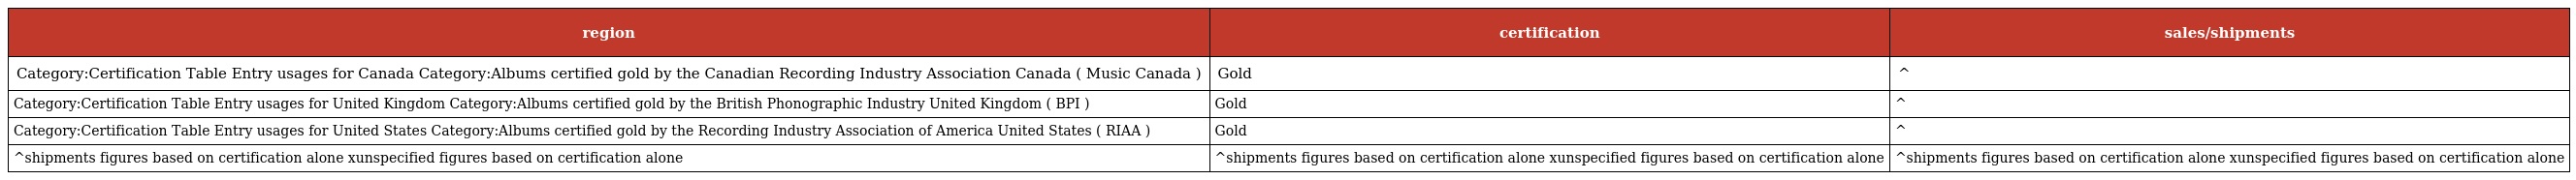
| region | certification | sales/shipments |
 | --- | --- | --- |
 | Category:Certification Table Entry usages for Canada Category:Albums certified gold by the Canadian Recording Industry Association Canada ( Music Canada ) | Gold | ^ |
 | Category:Certification Table Entry usages for United Kingdom Category:Albums certified gold by the British Phonographic Industry United Kingdom ( BPI ) | Gold | ^ |
 | Category:Certification Table Entry usages for United States Category:Albums certified gold by the Recording Industry Association of America United States ( RIAA ) | Gold | ^ |
 | ^shipments figures based on certification alone xunspecified figures based on certification alone | ^shipments figures based on certification alone xunspecified figures based on certification alone | ^shipments figures based on certification alone xunspecified figures based on certification alone |